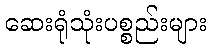
ဆေးရုံသုံးပစ္စည်းများ